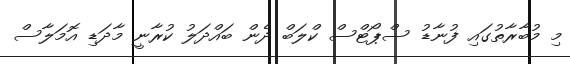
މި މުބާރާތުގައި ފުނާޑު ސްޕޯޓްސް ކްލަބް ދެން ބައްދަލު ކުރާނީ މާދަޑި އޮމަލާސް